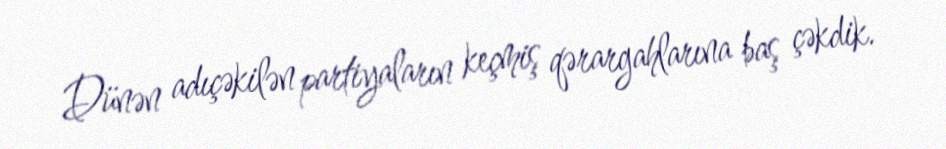
Dünən adıçəkilən partiyaların keçmiş qərargahlarına baş çəkdik.